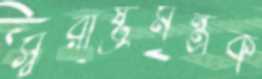
স্বরাষ্ট্রমন্ত্রক